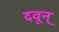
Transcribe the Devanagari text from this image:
दवून्